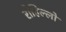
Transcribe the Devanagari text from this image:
रोहिल्लो